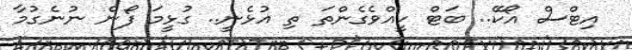
އިޓްސް އޯކޭ.. ބަޓް ކީއްވެގެންތަ ތި އުޅެނީ.. ގުޅީމަ ފޯން ނުނެގުމާ